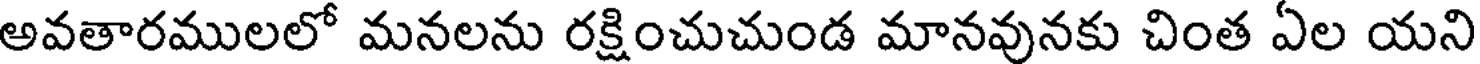
అవతారములలో మనలను రక్షించుచుండ మానవునకు చింత ఏల యని